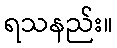
ရသနည်း။